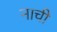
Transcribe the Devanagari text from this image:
नाची